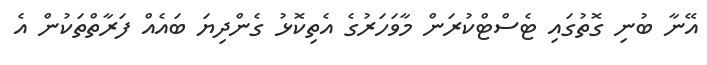
އޭނާ ބުނި ގޮތުގައި ޓެސްޓްކުރަން މާވަހަރުގެ އެތިކޮޅު ގެންދިޔަ ބައެއް ފަރާތްތަކުން އެ